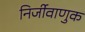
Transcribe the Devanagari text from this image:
निर्जीवाणुक